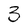
Character: 3